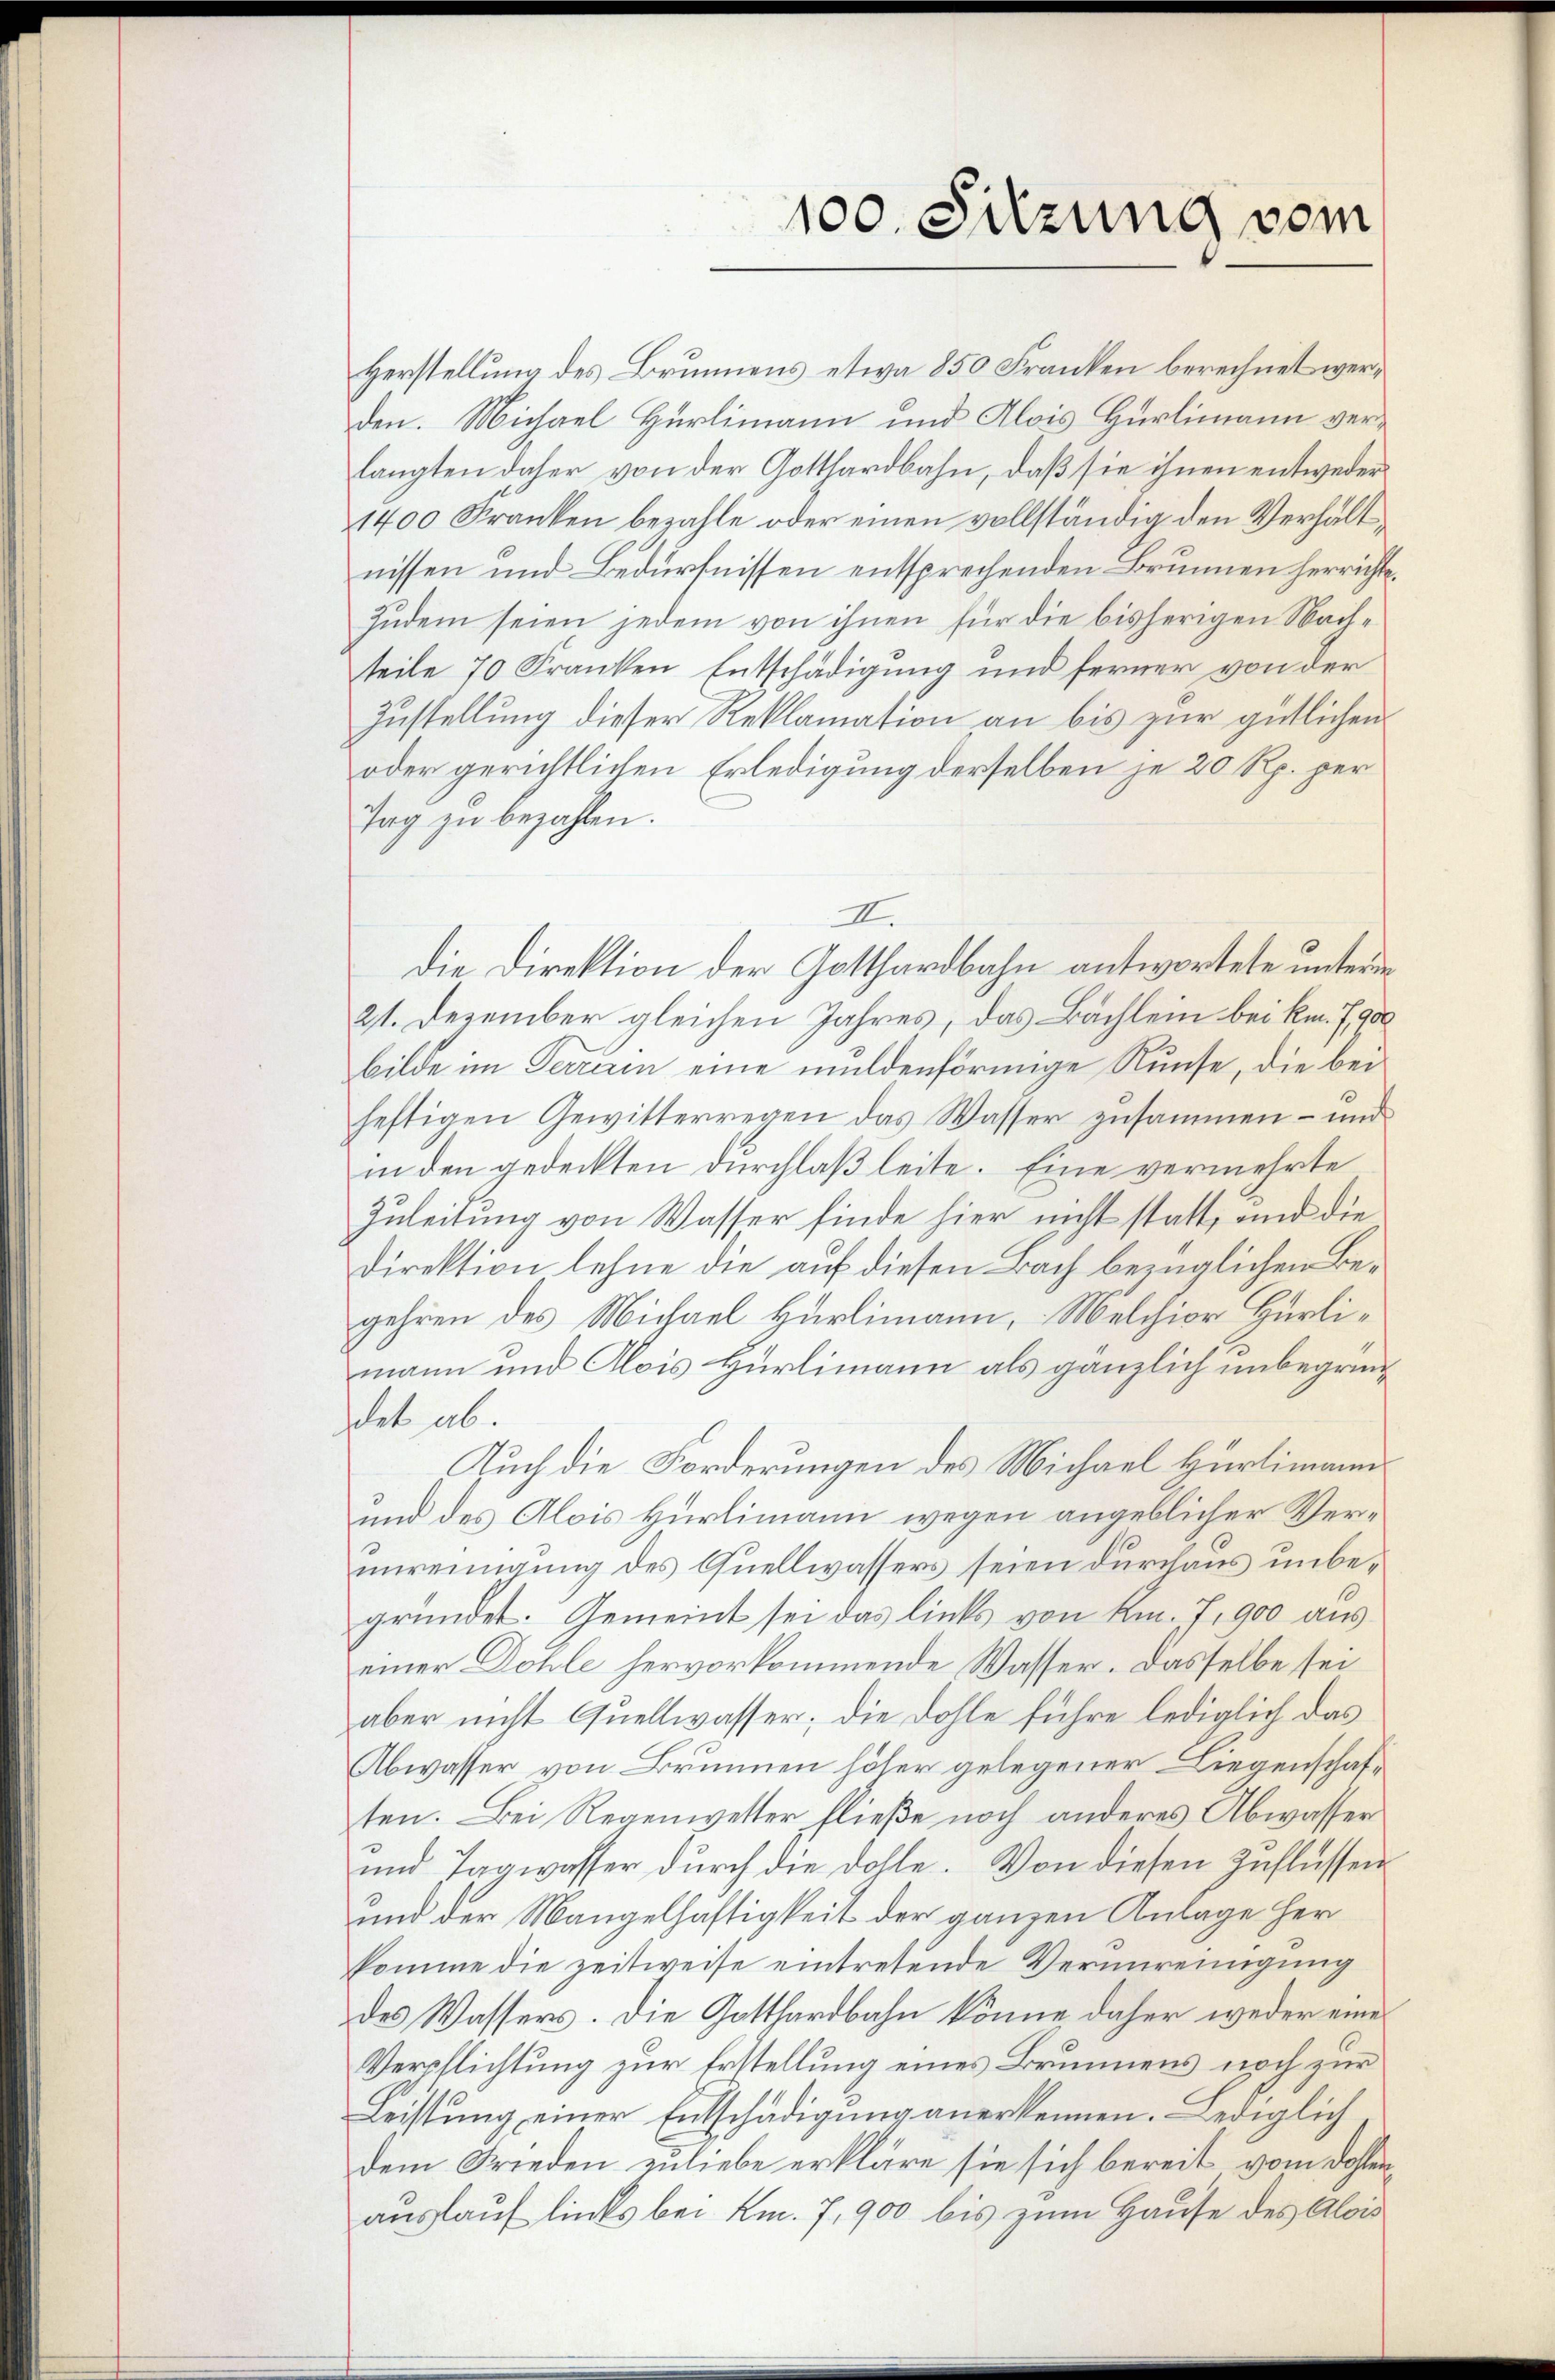
Herstellung des Brunnens etwa 850 Franken berechnet werden. Michael Hürlimann und Alois Hürlimann verlangten daher von der Gotthardbahn, daß sie ihnen entweder¬
1400 Kranken bezahle oder einen vollständig den Verhältnissen und Bedürfnissen entsprechenden Brunnen herrichte¬
Zudem seien jedem von ihnen für die bisherigen Nachteile 70 Franken Entschädigung und ferner von der
Zustellung dieser Reklamation an bis zur gütlichen
oder gerichtlichen Erledigung derselben je 20 Rp. per
Tag zu bezahlen.
II.
die Direktion der Gotthardbahn antwortete unterm
21. Dezember gleichen Jahres, das Bachlein bei kn. 790
bilde im Terrain eine muldenförmige Runse, die bei
heftigen Gewitterregen das Wasser zusammen – und
in den gedeckten durchlaß leite. Eine vermehrte
Zuleitung von Wasser finde hier nicht statt, und die
Direktion lehne die auf diesen Bach bezüglichen Begehren des Michael Hürlimann, Melchior Hürlimann und Alois Hürlimann als gänzlich unbegründet ab.
Auch die Forderungen des Michael Hürlimann
und des Alois Hürlimann wegen angeblicher Verunreinigung des Quellwassers seien durchaus unbegründet. Gemeint sei das links von Km. 7, 900 aus
einer Dohle hervorkommende Wasser. Dasselbe sei
aber nicht Quellwasser; die Dohle führe lediglich das
Abwasser von Brunnen höher gelegener Liegenschaften. Bei Regenwetter fließe noch anderes Abwasser
und Tagwasser durch die Dohle. Von diesen Zuflüssen
und der Mangelhaftigkeit der ganzen Anlage her
komme die zeitweise eintretende Verunreinigung
des Wassers. Die Gotthardbahn könne daher weder eine
Verpflichtung zur Erstellung eines Brunnens noch zur
Leistung einer Entschädigung anerkennen. Lediglich
dem Frieden zuliebe erkläre sie sich bereit vom Dohlenauslauf links bei Km. 7, 900 bis zum Hause des Alois

100. Sitzung vom